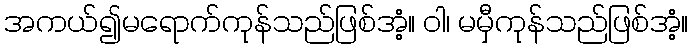
အကယ်၍မရောက်ကုန်သည်ဖြစ်အံ့။ ဝါ၊ မမှီကုန်သည်ဖြစ်အံ့။